Black-water fever - Number 35
Disease focus: Fever
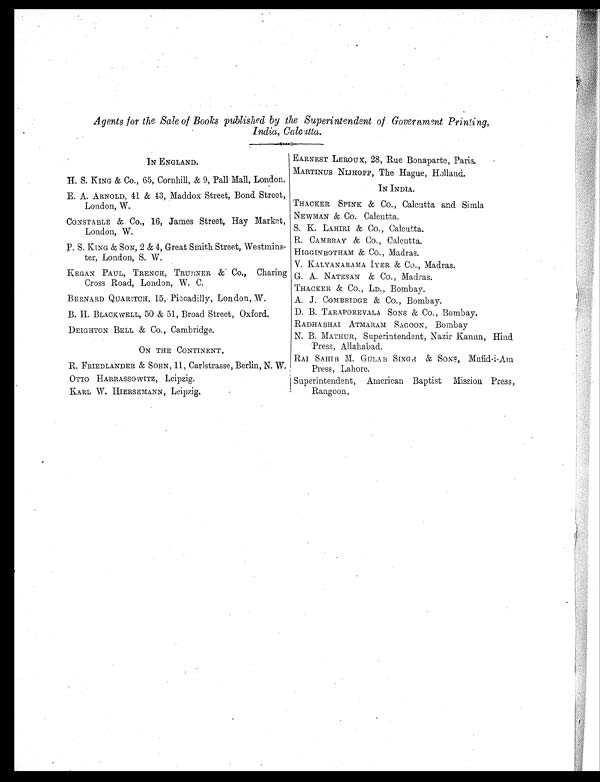
Agents for the Sale of Books published by the Superintendent of Government Printing,
India, Calcutta.
IN ENGLAND.
H. S. KING & Co., 65, Cornhill, & 9, Pall Mall, London.
E. A. ARNOLD, 41 & 43, Maddox Street, Bond. Street,
London, W.
CONSTABLE & Co., 16, James Street, Hay Market,
London, W.
P. S. KING & SON, 2 & 4, Great Smith Street, Westmins-
ter, London, S. W.
KEGAN PAUL, TRENCH, TRUBNER & Co., Charing
Cross Road, London, W. C.
BERNARD QUARITCH, 15, Piccadilly, London, W.
B. H. BLACKWELL, 50 & 51, Broad Street, Oxford.
DEIGHTON BELL & Co., Cambridge.
ON THE CONTINENT.
R. FRIEDLANDER & SOHN, 11, Carlstrasse, Berlin, N. W.
OTTO HARRASSOWITZ, Leipzig.
KARL W. HIERSEMANN, Leipzig.
EARNEST LEROUX, 28, Rue Bonaparte, Paris.
MARTINUS NIJHOFF, The Hague, Holland.
IN INDIA.
THACKER SPINK & Co., Calcutta and Simla
NEWMAN & Co. Calcutta.
S. K. LAHIRI & Co., Calcutta.
R . C A M B R A Y & C o . , C a l c u t t a .
HIGGINBOTHAM & Co., Madras.
V. KALYANARAMA IYER & Co., Madras.
G. A. NATESAN & Co., Madras.
THACKER & Co., LD., Bombay.
A. J. COMBRIDGE & Co., Bombay.
D. B. TARAPOREVALA SONS & Co., Bombay.
RADHABHAI ATMARAM SAGOON, Bombay
N. B. MATHUR, Superintendent, Nazir Kanun, Hind
Press, Allahabad.
RAI SAHIB M. GULAB SINGH & SONS, Mufid-i-Am
Press, Lahore.
Superintendent, American Baptist Mission Press,
Rangoon.